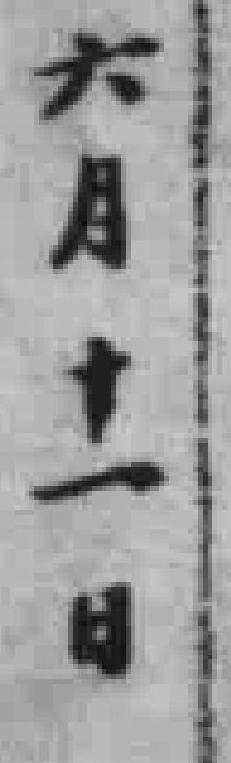
六月十一日